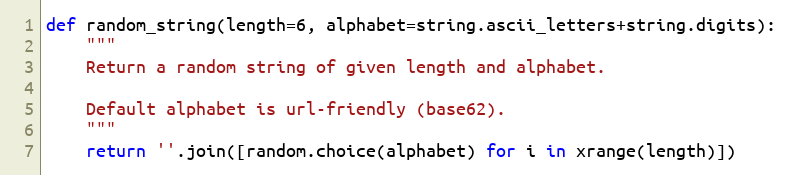
Language: Python
def random_string(length=6, alphabet=string.ascii_letters+string.digits):
    """
    Return a random string of given length and alphabet.

    Default alphabet is url-friendly (base62).
    """
    return ''.join([random.choice(alphabet) for i in xrange(length)])